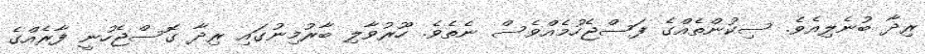
ރިދާ ބުނެލިއެވެ. ސިކުންތެއްގެ ފަސްޖެހުމެއްވެސް ނެތެވެ. ހޫރުވާލި ބާރުމިނުގައި ރިދާ ގޮސްޖެހުނީ ފާރެއްގެ